Leaving Certificate Examination, 1919
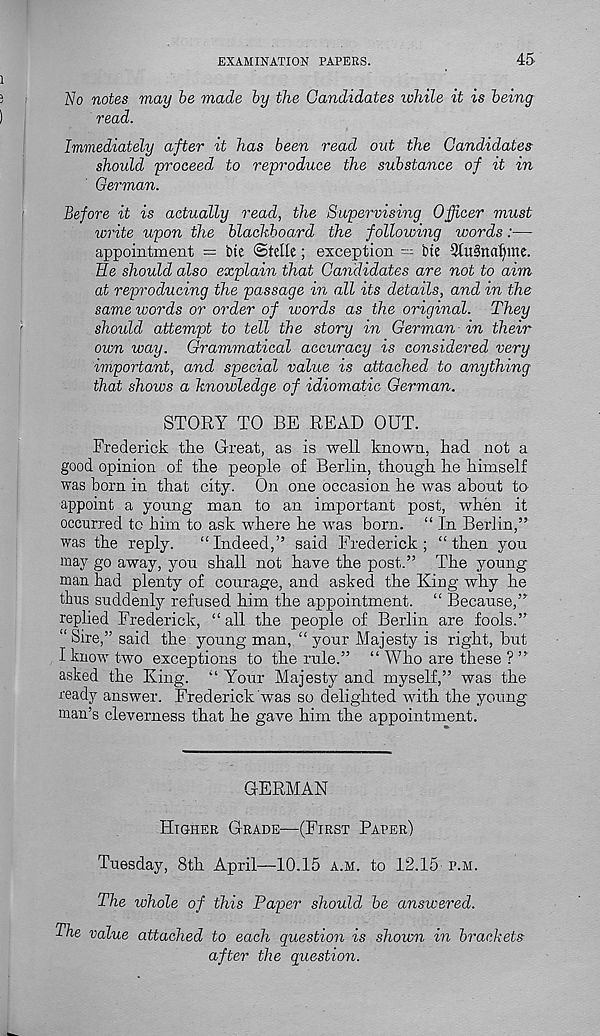
EXAMINATION PAPERS.
45
No notes may be made by the Candidates ichile it is being
read.
Immediately after it has been read out the Candidates
should proceed to reproduce the substance of it in
German.
Before it is actually read, the Supervising Officer must
write upon the blackboard the following words:—
appointment — bte (Stelle; exception — irie 3tu§na[)me.
He should also explain that Candidates are not to aim
at reproducing the passage in all its details, and in the
same words or order of words as the original. They
should attempt to tell the story in German in their
own way. Grammatical accuracy is considered very
important, and special value is attached to anything
that shows a knowledge of idiom.atic German.
STORY TO BE READ OUT.
Frederick the Great, as is well known, had not a
good opinion of the people of Berlin, though he himself
was born in that city. On one occasion he was about to
appoint a young man to an important post, when it
occurred to him to ask where he was born. “ In Berlin,”
was the reply.
“Indeed,” said Frederick; “then you
may go away, you shall not have the post.” The young
man had plenty of courage, and asked the King why he
thus suddenly refused him the appointment. “ Because,”
replied Frederick, “ all the people of Berlin are fools.”
“Sire,” said the young man, “ your Majesty is right, but
I know two exceptions to the rule.” “ Who are these ? ”
asked the King. “ Your Majesty and myself,” was the
ready answer. Frederick was so delighted with the young
man’s cleverness that he gave him the appointment.
GERMAN
Higher Grade—(First Paper)
Tuesday, 8th April—10.15 a.m. to 12.15 p.m.
The whole of this Paper should be answered.
The value attached to each question is shown in brackets
after the question.